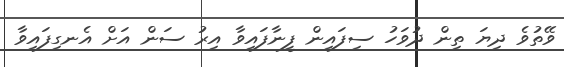
ވޭތުވެ ދިޔަ ތިން ދުވަހު ސިފައިން ފީނާފައިވާ އިރު ސަން އަށް އެނގިފައިވާ